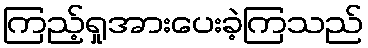
ကြည့်ရှုအားပေးခဲ့ကြသည်